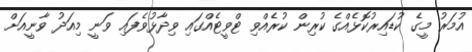
އުމަރު މީގެ ކުޑައިރުކޮޅެއްގެ ކުރިން ކުރެއްވި ޓްވީޓެއްގައި ވިދާޅުވެފައި ވަނީ މިއަދު ވާނީއަށް